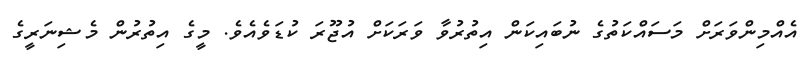
އެއްމިންވަރަށް މަސައްކަތުގެ ނުބައިކަން އިތުރުވާ ވަރަކަށް އުޖޫރަ ކުޑަވެއެވެ. މީގެ އިތުރުން މެޝިނަރީގެ